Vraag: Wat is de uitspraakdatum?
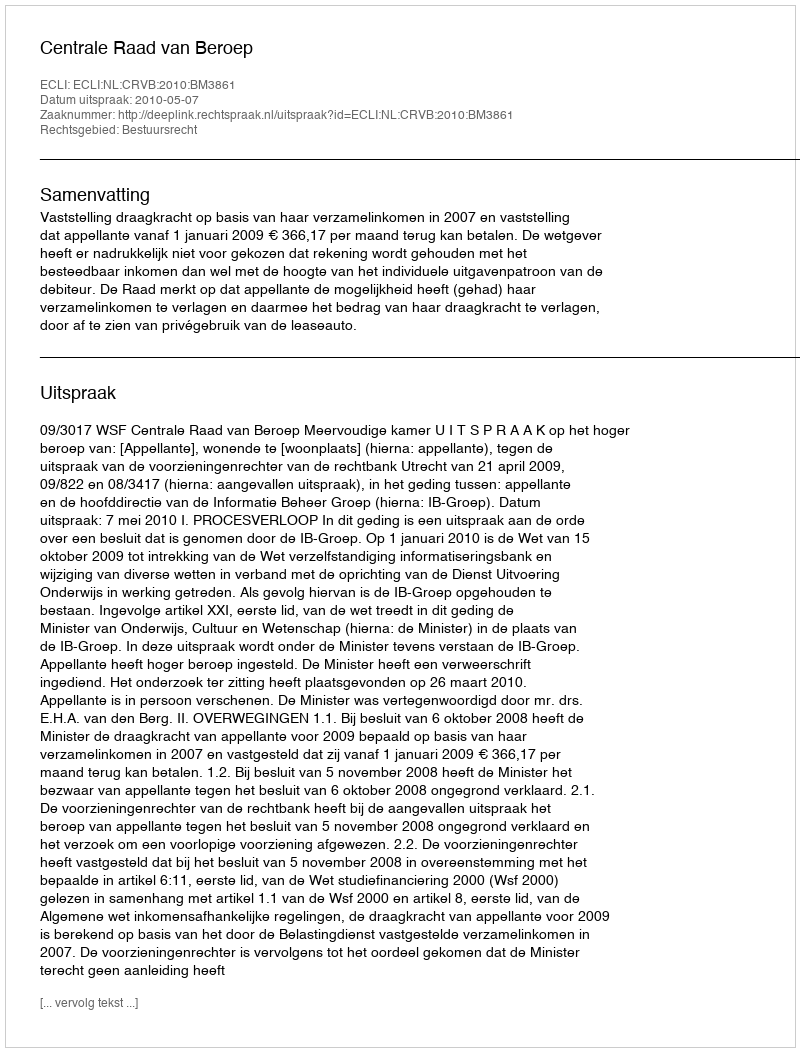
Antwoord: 2010-05-07